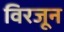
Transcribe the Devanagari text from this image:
विरजून